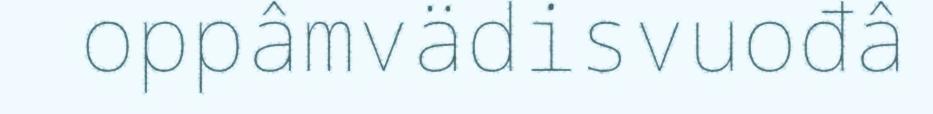
oppâmvädisvuođâ